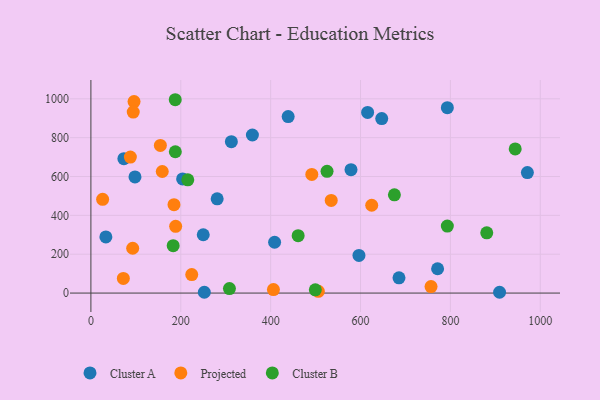
{"axis": {"x": "Ad Spend", "y": "Profit"}, "legend": ["Cluster A", "Cluster B", "Projected"], "data": [{"x": "359.4", "y": 813.7, "type": "Cluster A"}, {"x": "281.0", "y": 485.2, "type": "Cluster A"}, {"x": "439.0", "y": 908.5, "type": "Cluster A"}, {"x": "33.3", "y": 288.9, "type": "Cluster A"}, {"x": "252.4", "y": 4.1, "type": "Cluster A"}, {"x": "408.8", "y": 261.7, "type": "Cluster A"}, {"x": "204.1", "y": 587.7, "type": "Cluster A"}, {"x": "771.5", "y": 125.2, "type": "Cluster A"}, {"x": "909.4", "y": 4.3, "type": "Cluster A"}, {"x": "578.8", "y": 635.0, "type": "Cluster A"}, {"x": "647.2", "y": 898.1, "type": "Cluster A"}, {"x": "596.5", "y": 193.7, "type": "Cluster A"}, {"x": "793.2", "y": 954.6, "type": "Cluster A"}, {"x": "250.0", "y": 300.3, "type": "Cluster A"}, {"x": "685.6", "y": 78.7, "type": "Cluster A"}, {"x": "615.8", "y": 929.9, "type": "Cluster A"}, {"x": "98.1", "y": 597.7, "type": "Cluster A"}, {"x": "971.3", "y": 620.5, "type": "Cluster A"}, {"x": "312.6", "y": 779.5, "type": "Cluster A"}, {"x": "73.4", "y": 691.9, "type": "Cluster A"}, {"x": "184.9", "y": 455.0, "type": "Projected"}, {"x": "406.2", "y": 17.9, "type": "Projected"}, {"x": "96.0", "y": 985.8, "type": "Projected"}, {"x": "534.8", "y": 476.8, "type": "Projected"}, {"x": "72.2", "y": 75.5, "type": "Projected"}, {"x": "756.9", "y": 33.2, "type": "Projected"}, {"x": "94.2", "y": 931.9, "type": "Projected"}, {"x": "491.6", "y": 610.8, "type": "Projected"}, {"x": "624.9", "y": 452.1, "type": "Projected"}, {"x": "224.4", "y": 95.3, "type": "Projected"}, {"x": "93.0", "y": 230.7, "type": "Projected"}, {"x": "26.1", "y": 482.5, "type": "Projected"}, {"x": "188.6", "y": 343.7, "type": "Projected"}, {"x": "87.8", "y": 699.9, "type": "Projected"}, {"x": "154.6", "y": 760.2, "type": "Projected"}, {"x": "506.1", "y": 8.8, "type": "Projected"}, {"x": "158.8", "y": 625.9, "type": "Projected"}, {"x": "880.9", "y": 310.0, "type": "Cluster B"}, {"x": "187.7", "y": 995.3, "type": "Cluster B"}, {"x": "187.9", "y": 727.6, "type": "Cluster B"}, {"x": "525.5", "y": 626.9, "type": "Cluster B"}, {"x": "944.2", "y": 742.2, "type": "Cluster B"}, {"x": "675.4", "y": 505.7, "type": "Cluster B"}, {"x": "461.2", "y": 295.3, "type": "Cluster B"}, {"x": "215.6", "y": 583.0, "type": "Cluster B"}, {"x": "183.1", "y": 243.9, "type": "Cluster B"}, {"x": "308.3", "y": 23.2, "type": "Cluster B"}, {"x": "499.4", "y": 16.5, "type": "Cluster B"}, {"x": "793.2", "y": 344.8, "type": "Cluster B"}]}